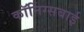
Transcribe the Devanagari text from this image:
कॉनिंग्सबाई